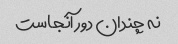
نه چندان دور آنجاست